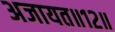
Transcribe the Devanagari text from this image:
अजायत॥१२॥